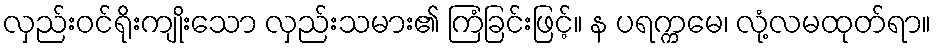
လှည်းဝင်ရိုးကျိုးသော လှည်းသမား၏ ကြံခြင်းဖြင့်။ န ပရက္ကမေ၊ လုံ့လမထုတ်ရာ။